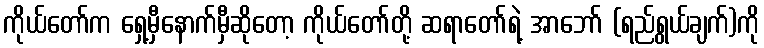
ကိုယ်တော်က ရှေ့မှီနောက်မှီဆိုတော့ ကိုယ်တော်တို့ ဆရာတော်ရဲ့ အာဘော် (ရည်ရွယ်ချက်)ကို